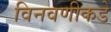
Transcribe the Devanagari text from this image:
विनवणीकडे